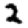
Digit: 2